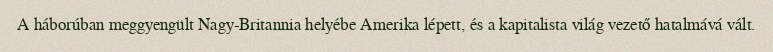
A háborúban meggyengült Nagy-Britannia helyébe Amerika lépett, és a kapitalista világ vezető hatalmává vált.